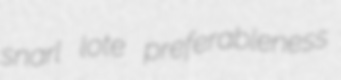
snarl lote preferableness